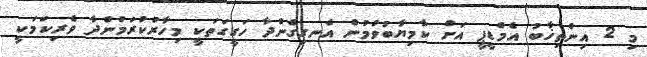
މި 2 އިންތިޚާބު އެމްޑީޕީ އަށް ކާމިޔާބުވުމުން އެނގިގެންދާ ހަގީގަތަކީ މިހާރުކުރަމުންދާ ވެރިކަމަކީ